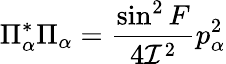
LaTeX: \Pi_{\alpha}^{*}\Pi_{\alpha}=\frac{\sin^{2}F}{4{\cal I}^{2}}p_{\alpha}^{2}